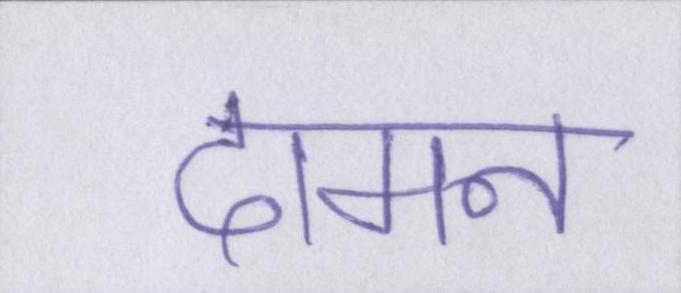
दामन